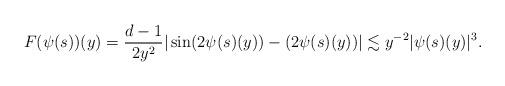
LaTeX: \begin{align*} F(\psi(s))(y)=\frac{d-1}{2y^{2}}|\sin(2\psi( s)(y))-(2\psi( s)(y))|\lesssim y^{-2}|\psi( s)(y)|^3. \end{align*}